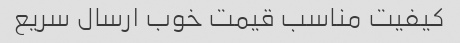
کیفیت مناسب قیمت خوب ارسال سریع